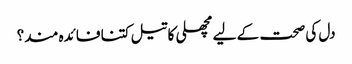
دل کی صحت کے لیے مچھلی کا تیل کتنا فائدہ مند؟